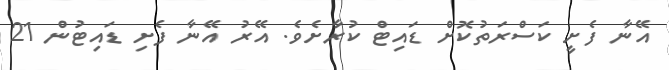
އޭނާ ފެށީ ކަސްރަތުކޮށް ޑައިޓް ކުރާށެވެ. އޭރު އޭނާ ފެށި ޑައިޓުން 21